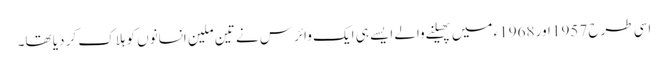
اسی طرح 1957 اور 1968ء میں پھیلنے والے ایسے ہی ایک وائرس نے تین ملین انسانوں کو ہلاک کر دیا تھا۔